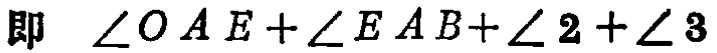
即 $\angle OAE+\angle EAB+\angle 2+\angle 3$